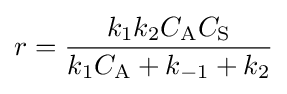
r={\frac {k_{1}k_{2}C_{\mathrm {A} }C_{\mathrm {S} }}{k_{1}C_{\mathrm {A} }+k_{-1}+k_{2}}}